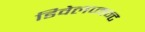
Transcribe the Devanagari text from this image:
डिवेलप्मन्ट